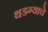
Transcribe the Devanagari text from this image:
थडग्याचे